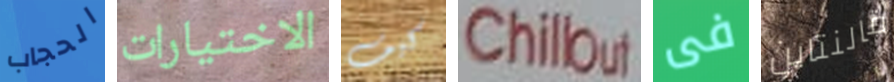
الحجاب الاختيارات كيف Chillout فى فالنتاين